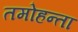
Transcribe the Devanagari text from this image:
तमोहन्ता